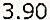
3.90